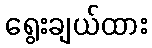
ရွေးချယ်ထား